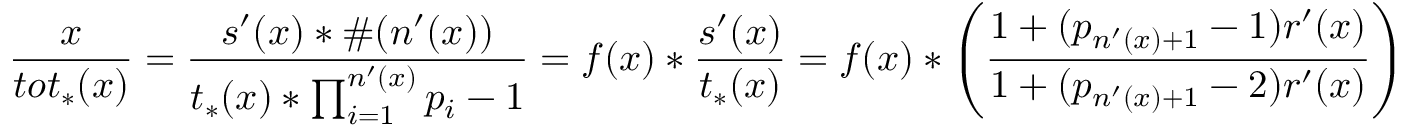
\frac { x } { t o t _ { * } ( x ) } = \frac { s ^ { \prime } ( x ) * \# ( n ^ { \prime } ( x ) ) } { t _ { * } ( x ) * \prod _ { i = 1 } ^ { n ^ { \prime } ( x ) } p _ { i } - 1 } = f ( x ) * \frac { s ^ { \prime } ( x ) } { t _ { * } ( x ) } = f ( x ) * \left( \frac { 1 + ( p _ { n ^ { \prime } ( x ) + 1 } - 1 ) r ^ { \prime } ( x ) } { 1 + ( p _ { n ^ { \prime } ( x ) + 1 } - 2 ) r ^ { \prime } ( x ) } \right)